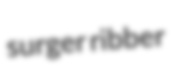
surger ribber